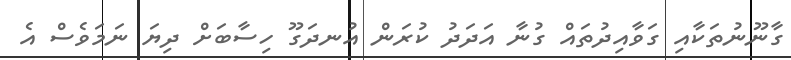
ގާނޫނުތަކާއި ގަވާއިދުތައް ގުނާ އަދަދު ކުރަން އުނދަގޫ ހިސާބަށް ދިޔަ ނަމަވެސް އެ